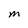
Character: M